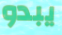
يبدو